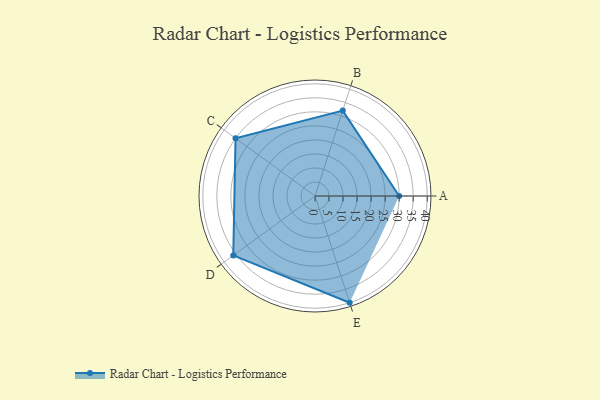
{"axis": {"x": "Skill", "y": "Score"}, "legend": ["Profile"], "data": [{"x": "A", "y": 30.0, "type": "Profile"}, {"x": "B", "y": 32.0, "type": "Profile"}, {"x": "C", "y": 35.0, "type": "Profile"}, {"x": "D", "y": 36.0, "type": "Profile"}, {"x": "E", "y": 40.0, "type": "Profile"}]}